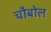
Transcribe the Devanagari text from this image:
चौबोल